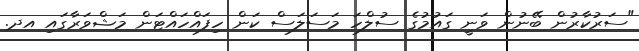
"ސަރުކާރުން ބޭނުން ވަނީ ގައުމުގެ ސުލްހަ މަސަލަސް ކަން ހިފައްހައްޓަން މަޝްވަރާގައި އދ.